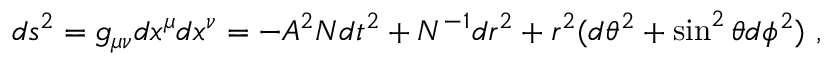
d s ^ { 2 } = g _ { \mu \nu } d x ^ { \mu } d x ^ { \nu } = - { \cal A } ^ { 2 } { \cal N } d t ^ { 2 } + { \cal N } ^ { - 1 } d r ^ { 2 } + r ^ { 2 } ( d \theta ^ { 2 } + \sin ^ { 2 } \theta d \phi ^ { 2 } ) \ ,